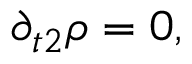
{ \partial _ { t 2 } } \rho = 0 ,